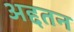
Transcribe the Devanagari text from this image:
अद्दतन